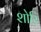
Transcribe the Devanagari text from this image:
शोरि